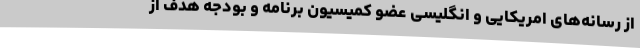
از رسانه‌های امریکایی و انگلیسی عضو کمیسیون برنامه و بودجه هدف از